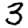
Digit: 3